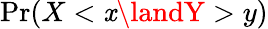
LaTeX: \operatorname*{Pr}(X<\mathit{x}\landY>y)